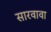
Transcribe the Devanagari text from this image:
सारवावा